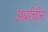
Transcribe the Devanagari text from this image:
अर्बाचीन